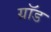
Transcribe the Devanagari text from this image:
ग्रॉड